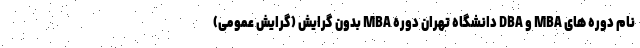
نام دوره های MBA و DBA دانشگاه تهران دوره MBA بدون گرایش (گرایش عمومی)